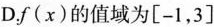
D.f(x)的值域为[-1，3]